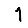
Digit: 1